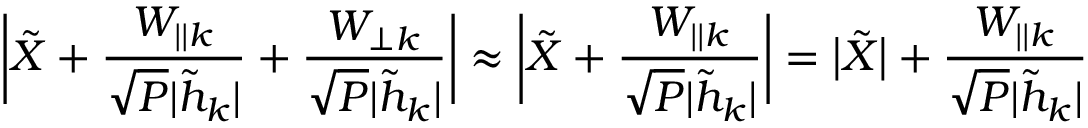
\bigg | { { \tilde { X } } } + \frac { { { { W } _ { | | k } } } } { \sqrt { P } { | \tilde { h } _ { k } | } } + \frac { { { { W } _ { \perp k } } } } { \sqrt { P } { | \tilde { h } _ { k } | } } \bigg | \approx \bigg | { { \tilde { X } } } + \frac { { { { W } _ { | | k } } } } { \sqrt { P } { | \tilde { h } _ { k } | } } \bigg | = \big | { { \tilde { X } } } \big | + \frac { { { { W } _ { | | k } } } } { \sqrt { P } { | \tilde { h } _ { k } | } }